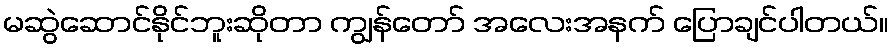
မဆွဲဆောင်နိုင်ဘူးဆိုတာ ကျွန်တော် အလေးအနက် ပြောချင်ပါတယ်။